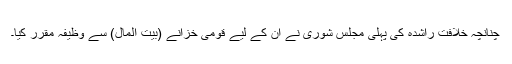
چنانچہ خلافت راشدہ کی پہلی مجلس شوریٰ نے ان کے لیے قومی خزانے (بیت المال) سے وظیفہ مقرر کیا۔